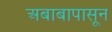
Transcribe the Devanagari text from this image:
अबाबापासून